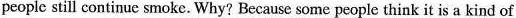
people still continue smoke. Why? Because some people think it is a kind of